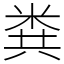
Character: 粪